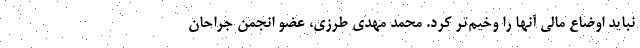
نباید اوضاع مالی آنها را وخیم‌تر کرد. محمد مهدی طرزی، عضو انجمن جراحان